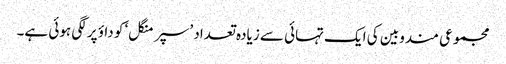
مجموعی مندوبین کی ایک تہائی سے زیادہ تعداد ’سپر منگل‘ کو داؤ پر لگی ہوئی ہے۔